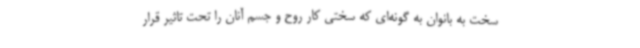
سخت به بانوان به گونه‌ای که سختی کار روح و جسم آنان را تحت تاثیر قرار